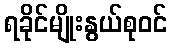
ရခိုင်မျိုးနွယ်စုဝင်